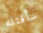
سأقتله